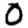
Digit: 0